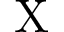
\mathrm { X }